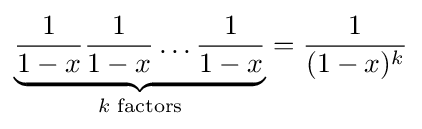
\underbrace {{\frac {1}{1-x}}{\frac {1}{1-x}}\dots {\frac {1}{1-x}}} _{k{\text{ factors}}}={\frac {1}{(1-x)^{k}}}